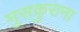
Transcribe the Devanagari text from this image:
मुसकुराना